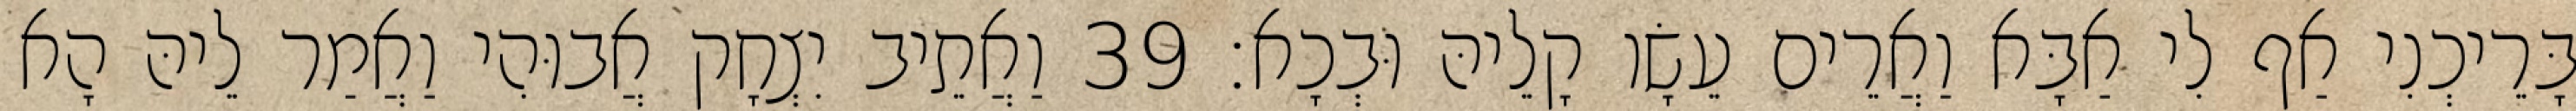
בָּרֵיכְנִי אַף לִי אַבָּא וַאֲרֵים עֵשָׂו קָלֵיהּ וּבְכָא׃ 39 וַאֲתֵיב יִצְחָק אֲבוּהִי וַאֲמַר לֵיהּ הָא